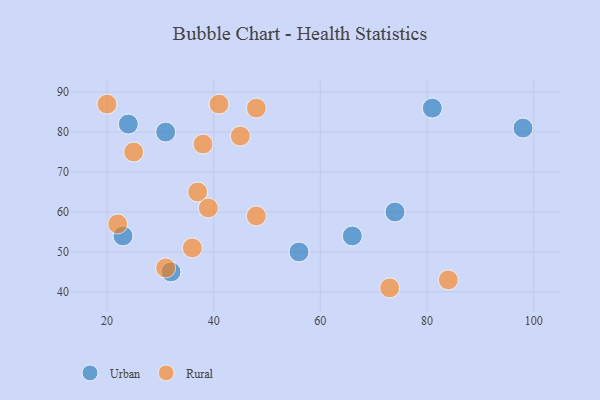
{"axis": {"x": "GDP", "y": "Life Expectancy"}, "legend": ["Rural", "Urban"], "data": [{"x": "32", "y": 45, "type": "Urban"}, {"x": "24", "y": 82, "type": "Urban"}, {"x": "74", "y": 60, "type": "Urban"}, {"x": "23", "y": 54, "type": "Urban"}, {"x": "66", "y": 54, "type": "Urban"}, {"x": "98", "y": 81, "type": "Urban"}, {"x": "56", "y": 50, "type": "Urban"}, {"x": "81", "y": 86, "type": "Urban"}, {"x": "31", "y": 80, "type": "Urban"}, {"x": "84", "y": 43, "type": "Rural"}, {"x": "20", "y": 87, "type": "Rural"}, {"x": "45", "y": 79, "type": "Rural"}, {"x": "73", "y": 41, "type": "Rural"}, {"x": "25", "y": 75, "type": "Rural"}, {"x": "48", "y": 59, "type": "Rural"}, {"x": "22", "y": 57, "type": "Rural"}, {"x": "48", "y": 86, "type": "Rural"}, {"x": "41", "y": 87, "type": "Rural"}, {"x": "37", "y": 65, "type": "Rural"}, {"x": "38", "y": 77, "type": "Rural"}, {"x": "31", "y": 46, "type": "Rural"}, {"x": "39", "y": 61, "type": "Rural"}, {"x": "36", "y": 51, "type": "Rural"}]}